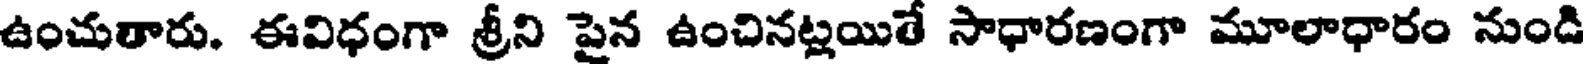
ఉంచుతారు. ఈవిధంగా శ్రీని పైన ఉంచినట్లయితే సాధారణంగా మూలాధారం నుండి